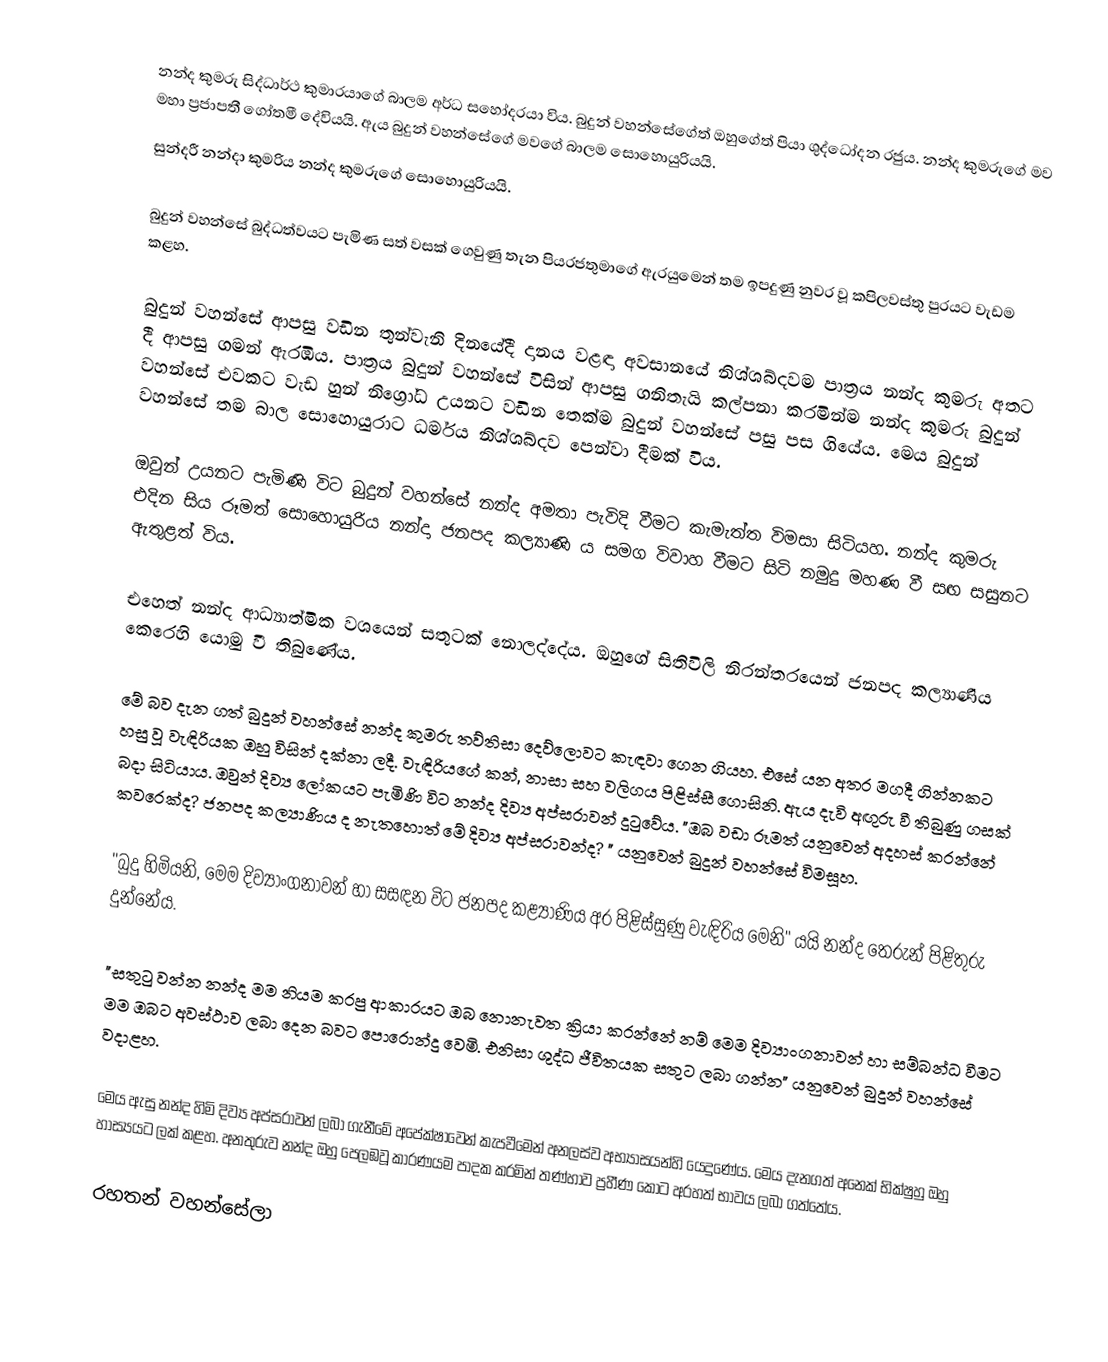
නන්ද කුමරු සිද්ධාර්ථ කුමාරයාගේ බාලම අර්ධ සහෝදරයා විය.  බුදුන් වහන්සේගේත් ඔහුගේත් පියා ශුද්ධෝදන රජුය. නන්ද කුමරුගේ මව මහා ප්‍රජාපතී ගෝතමී දේවියයි. ඇය බුදුන් වහන්සේගේ මවගේ බාලම සොහොයුරියයි.
සුන්දරී නන්දා කුමරිය නන්ද කුමරුගේ සොහොයුරියයි.

බුදුන් වහන්සේ බුද්ධත්වයට පැමිණ සත් වසක් ගෙවුණු තැන පියරජතුමාගේ ඇරයුමෙන් තම ඉපදුණු නුවර වූ කපිලවස්තු පුරයට වැඩම කළහ.

බුදුන් වහන්සේ ආපසු වඩින තුන්වැනි දිනයේදී දානය වළඳා අවසානයේ නිශ්ශබ්දවම පාත්‍රය නන්ද කුමරු අතට දී ආපසු ගමන් ඇරඹීය. පාත්‍රය බුදුන් වහන්සේ විසින් ආපසු ගනිතැයි කල්පනා කරමින්ම නන්ද කුමරු බුදුන් වහන්සේ එවකට වැඩ හුන් නිග්‍රෝධ උයනට වඩින තෙක්ම බුදුන් වහන්සේ පසු පස ගියේය. මෙය බුදුන් වහන්සේ තම බාල සොහොයුරාට ධර්මය නිශ්ශබ්දව පෙන්වා දීමක් විය.

ඔවුන් උයනට පැමිණි විට බුදුන් වහන්සේ නන්ද අමතා පැවිදි වීමට කැමැත්ත විමසා සිටියහ. නන්ද කුමරු එදින සිය රූමත් සොහොයුරිය නන්දා ජනපද කල්‍යාණි ය සමග විවාහ වීමට සිටි නමුදු මහණ වී සඟ සසුනට ඇතුළත් විය.

එහෙත් නන්ද ආධ්‍යාත්මික වශයෙන් සතුටක් නොලද්දේය. ඔහුගේ සිතිවිලි නිරන්තරයෙන් ජනපද කල්‍යාණිය කෙරෙහි යොමු වී තිබුණේය.

මේ බව දැන ගත් බුදුන් වහන්සේ නන්ද කුමරු තව්තිසා දෙව්ලොවට කැඳවා ගෙන ගියහ. එසේ යන අතර මගදී ගින්නකට හසු වූ වැඳිරියක ඔහු විසින් දක්නා ලදී. වැඳිරියගේ කන්, නාසා සහ වලිගය පිළිස්සී ගොසිනි. ඇය දැවි අඟුරු වී තිබුණු ගසක් බදා සිටියාය. ඔවුන් දිව්‍ය ලෝකයට පැමිණි විට නන්ද දිව්‍ය අප්සරාවන් දුටුවේය. "ඔබ වඩා රූමත් යනුවෙන් අදහස් කරන්නේ කවරෙක්ද? ජනපද කල්‍යාණිය ද නැතහොත් මේ දිව්‍ය අප්සරාවන්ද? " යනුවෙන් බුදුන් වහන්සේ විමසූහ.

"බුදු හිමියනි, මෙම දිව්‍යාංගනාවන් හා සසඳන විට ජනපද කළ්‍යාණිය අර පිළිස්සුණු වැඳිරිය මෙනි" යයි නන්ද තෙරුන් පිළිතුරු දුන්නේය.

"සතුටු වන්න නන්ද මම නියම කරපු ආකාරයට ඔබ නොනැවත ක්‍රියා කරන්නේ නම් මෙම දිව්‍යාංගනාවන් හා සම්බන්ධ වීමට මම ඔබට අවස්ථාව ලබා දෙන බවට පොරොන්දු වෙමි. එනිසා ශුද්ධ ජීවිතයක සතුට ලබා ගන්න" යනුවෙන් බුදුන් වහන්සේ වදාළහ.

මෙය ඇසු නන්ද හිමි දිව්‍ය අප්සරාවන් ලබා ගැනීමේ අපේක්ෂාවෙන් කැපවීමෙන් අනලස්ව අභ්‍යාසයන්හි යෙදුණේය. මෙය දැනගත් අනෙක් භික්ෂුහු ඔහු හාස්‍යයට ලක් කළහ. අනතුරුව නන්ද ඔහු පෙලඹවූ කාරණයම පාදක කරමින් තණ්හාව ප්‍රහීණ කොට අරහත් භාවය ලබා ගත්තේය.

රහතන් වහන්සේලා